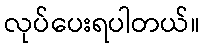
လုပ်ပေးရပါတယ်။